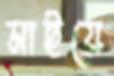
মাইয়ে